Triigi_(Aleksandri)_vallavalitsus_Harjumaal, lk 30
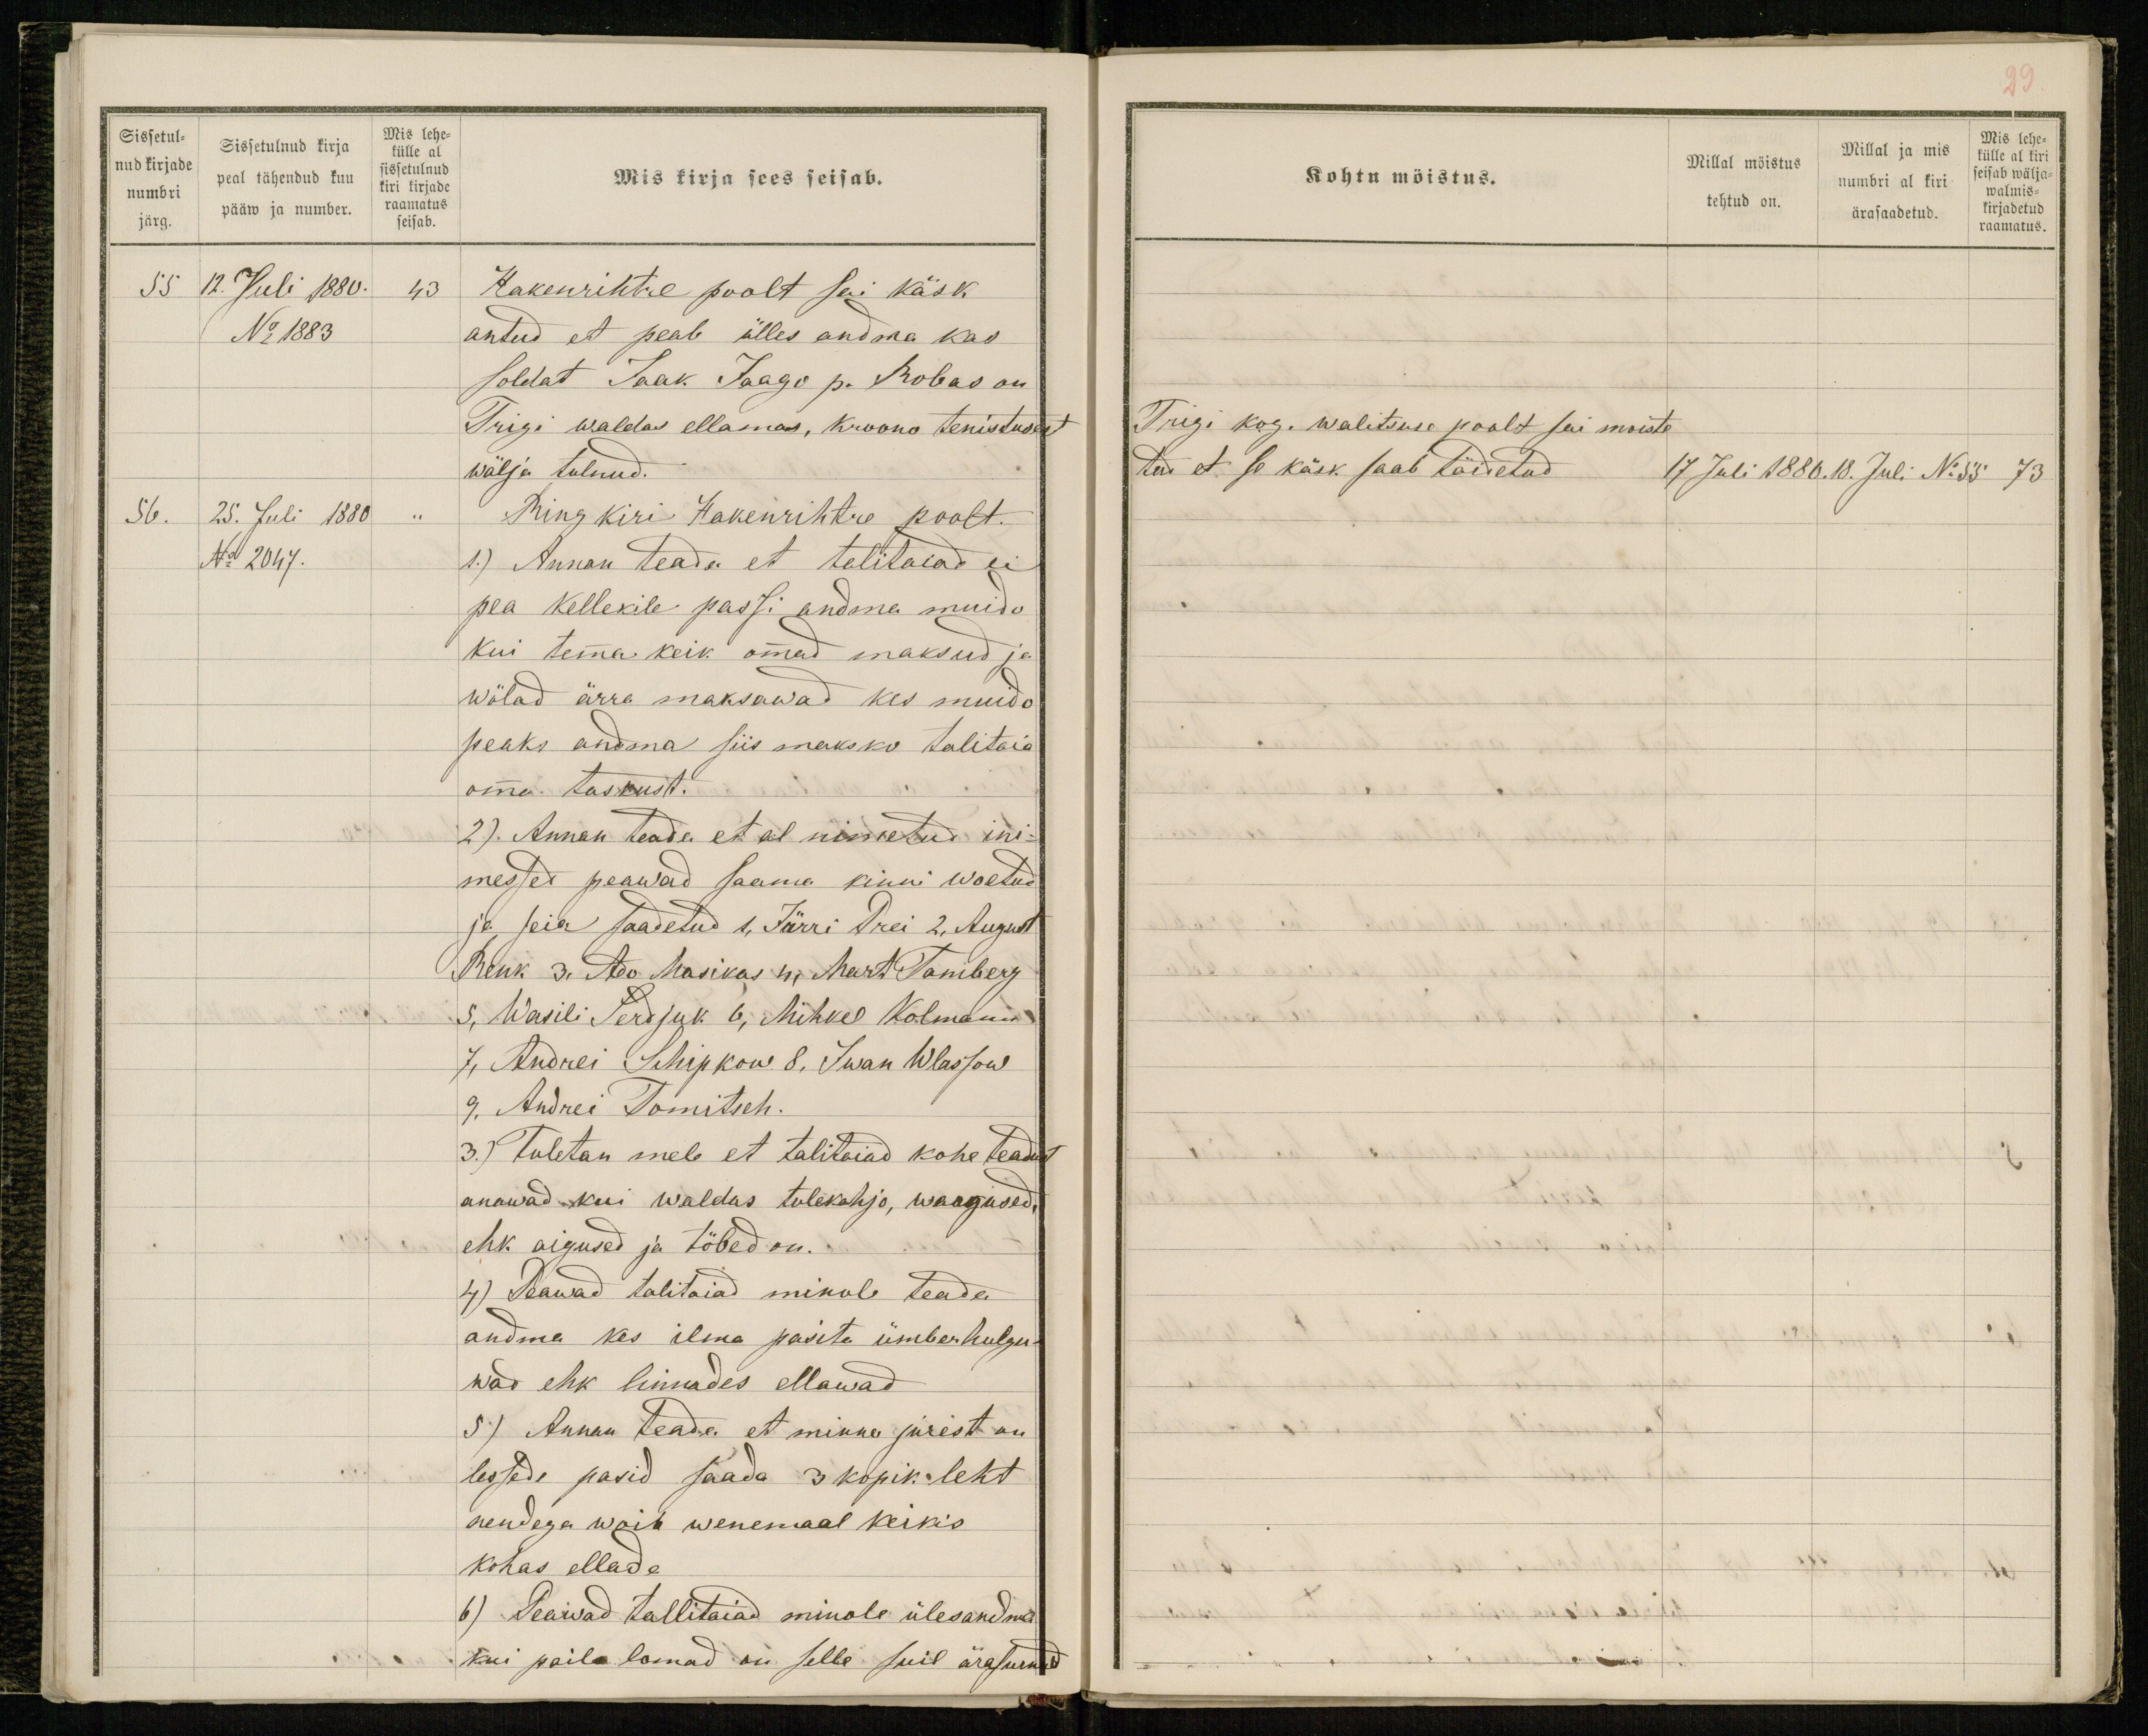
29
Kohtu möistus.
Millal möistus
tehtud on.
Millal ja mis
numbri al kiri
ärasaadetud.
Mis lehe-
külle al kiri
seisab wälja-
walmis-
kirjadetud
raamatus.
Trigi kog. walitsuse poolt sai moiste
tud et se käsk saab täidetud
17 Juli 1880.18. Juli No 55 73

Sissetul-
nud kirjade
numbri
järg.
Sissetulnud kirja
peal tähendud kuu
pääw ja number.
Mis lehe-
külle al
sissetulnud
kiri kirjade
raamatus
seisab.
Mis kirja sees seisab.
55 12. Juli 1880. 43
Hakenrihtre poolt sai käsk
No 1883.
antud et peab ülles andma kas
soldat Jaak Jaago p. Robas on
Trigi waldas ellamas, kroono tenistusest
wälja tulnud.
56. 25. Juli 1880 "
Ring kiri Hakenrihtre poolt.
No 2047.
1.) Annan teada et talitaiad ei
pea kellekile passi andma muido
kui temma keik ommad maksud ja
wölad ärra maksawad kes muido
peaks andma siis maksko talitaia
omma taskust.
2) Annan teada, et al nimetud ini-
messed peawad saama kinni woetud
ja seia saadetud 1, Jürri Prei 2, August
Renk 3, Ado Masikas 4, Mart Tamberg
5, Wasili Serdjuk 6, Mihkel Kolmann
7, Andrei Schipkow 8, Iwan Wlassow
9, Andrei Tomitseh.
3.) Tuletan mele et talitaiad kohe teadust
anawad kui waldas tulekahjo, wargused,
ehk aigused ja töbed on.
4) Peawad talitaiad minule teada
andma kes ilma pasita ümberhulgu-
wad ehk linnades ellawad
5) Annan teada et minno jurest on
lessede pasid saada 3 kopik leht
nendega woib wenemaal keikis
kohas ellada
6) Peawad tallitaiad minole ülesandma
kui pailo lomad on selle suil ärasurnud